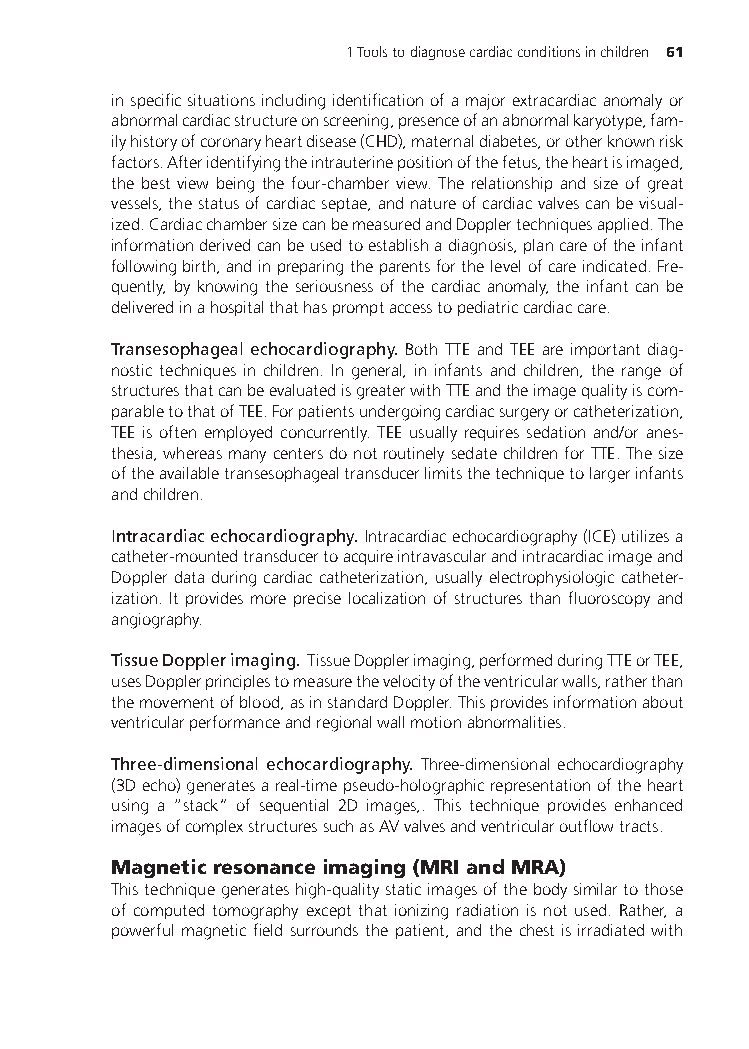
1Toolstodiagnosecardiacconditionsinchildren 61
 inspecificsituationsincludingidentificationofamajorextracardiacanomalyor
 abnormalcardiacstructureonscreening,presenceofanabnormalkaryotype,fam-
 ilyhistoryofcoronaryheartdisease(CHD),maternaldiabetes,orotherknownrisk
 factors.Afteridentifyingtheintrauterinepositionofthefetus,theheartisimaged,
 the best view being the four-chamber view. The relationship and size of great
 vessels,thestatusofcardiacseptae,andnatureofcardiacvalvescanbevisual-
 ized.CardiacchambersizecanbemeasuredandDopplertechniquesapplied.The
 informationderivedcanbeusedtoestablishadiagnosis,plancareoftheinfant
 followingbirth,andinpreparingtheparentsforthelevelofcareindicated.Fre-
 quently, by knowing the seriousness of the cardiac anomaly, the infant can be
 deliveredinahospitalthathaspromptaccesstopediatriccardiaccare.
 Transesophageal echocardiography. Both TTE and TEE are important diag-
 nostic techniques in children. In general, in infants and children, the range of
 structuresthatcanbeevaluatedisgreaterwithTTEandtheimagequalityiscom-
 parabletothatofTEE.Forpatientsundergoingcardiacsurgeryorcatheterization,
 TEE is often employed concurrently. TEE usually requires sedation and/or anes-
 thesia,whereasmanycentersdonotroutinelysedatechildrenforTTE.Thesize
 oftheavailabletransesophagealtransducerlimitsthetechniquetolargerinfants
 andchildren.
 Intracardiacechocardiography. Intracardiacechocardiography(ICE)utilizesa
 catheter-mountedtransducertoacquireintravascularandintracardiacimageand
 Dopplerdataduringcardiaccatheterization,usuallyelectrophysiologiccatheter-
 ization. It provides more precise localization of structures than fluoroscopy and
 angiography.
 TissueDopplerimaging. TissueDopplerimaging,performedduringTTEorTEE,
 usesDopplerprinciplestomeasurethevelocityoftheventricularwalls,ratherthan
 themovementofblood,asinstandardDoppler.Thisprovidesinformationabout
 ventricularperformanceandregionalwallmotionabnormalities.
 Three-dimensional echocardiography. Three-dimensional echocardiography
 (3Decho)generatesareal-timepseudo-holographicrepresentationoftheheart
 using a “stack” of sequential 2D images,. This technique provides enhanced
 imagesofcomplexstructuressuchasAVvalvesandventricularoutflowtracts.
 Magneticresonanceimaging(MRIandMRA)
 Thistechniquegenerateshigh-qualitystaticimagesofthebodysimilartothose
 of computed tomography except that ionizing radiation is not used. Rather, a
 powerful magnetic field surrounds the patient, and the chest is irradiated with